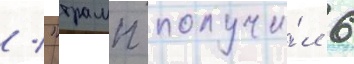
/ "трамп получи́л 6